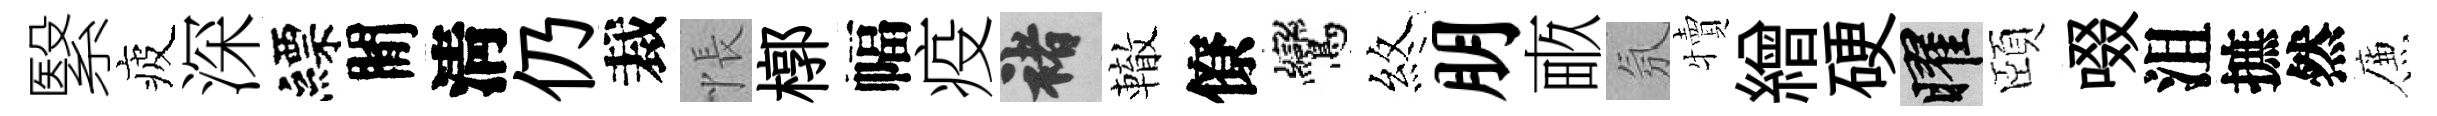
繄疲深縹閒淸仍裁悵槨幅疫褚轍僚鸞煞朋畞氛犢繒硬曜頤啜沮摭然簾